Indian journal of veterinary science and animal husbandry - Volume 8,
Year: 1938
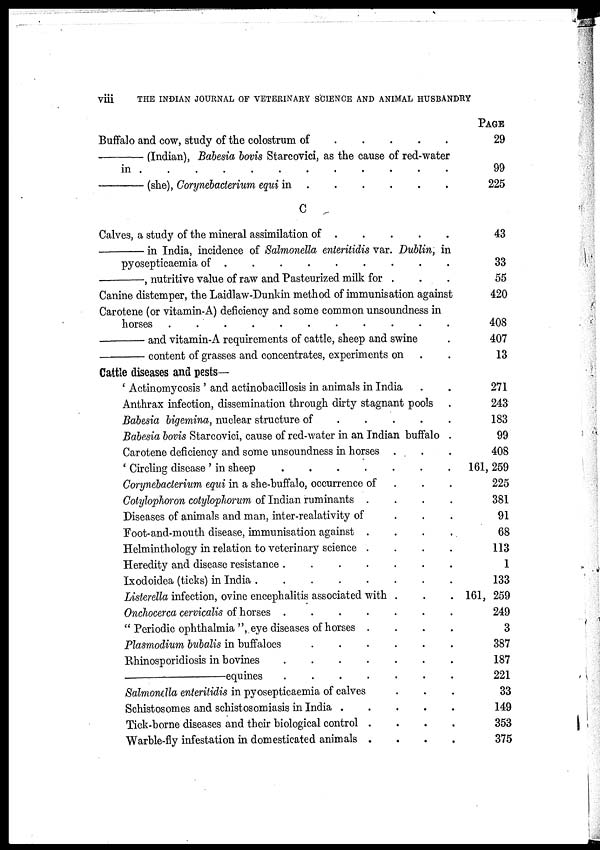
viii
THE INDIAN JOURNAL OF VETERINARY SCIENCE AND ANIMAL HUSBANDRY
Buffalo and cow, study of the colostrum of
.
.
.
.
.
.
—(Indian),
Babesia bovis Starcovici, as the cause of red-water
in . . . . . . . . . .
—(she),
Corynebacterium equi in
.
.
.
.
.
.
C
Calves, a study of the mineral assimilation of . . . . . . .
—in
India, incidence of Salmonella enteritidis var. Dublin, in
pyosepticaemia of
.
.
.
.
.
.
—,
nutritive value of raw and Pasteurized milk for . . . . . .
Canine distemper, the Laidlaw-Dunkin method of immunisation against
Carotene (or vitamin-A) deficiency and some common unsoundness in
horses
.
.
.
.
.
.
—and
vitamin-A requirements of cattle, sheep and swine .
—content
of grasses and concentrates, experiments on . .
Cattle diseases and pests—
' Actinomycosis ' and actinobacillosis in animals in India . .
Anthrax infection, dissemination through dirty stagnant pools .
Babesia bigemina, nuclear structure of
.
.
.
.
.
.
Babesia bovis Starcovici, cause of red-water in an Indian buffalo .
Carotene deficiency and some unsoundness in horses . . .
' Circling disease ' in sheep
.
.
.
.
.
.
.
Corynebacterium equi in a she-buffalo, occurrence of . . .
Cotylophoron cotylopliorum of Indian ruminants .
.
.
.
Diseases of animals and man, inter-realativity of . . .
Foot-and-mouth disease, immunisation against .
.
.
.
Helminthology in relation to veterinary science .
.
.
.
Heredity and disease resistance
.
.
.
.
.
.
Ixodoidea (ticks) in India
.
.
.
.
.
.
Listerella infection, ovine encephalitis associated with . . .
Onchocerca cervicalis of horses .
.
.
.
.
.
.
" Periodic ophthalmia ", eye diseases of horses .
.
.
.
Plasmodium bubalis in buffaloes
.
.
.
.
.
.
Rhinosporidiosis in bovines
.
.
.
.
.
.
.
—equines
.
.
.
.
.
.
Salmonella enteritidis in pyosepticaemia of calves . . .
Schistosomes and schistosomiasis in India . . . . . .
Tick-borne diseases and their biological control .
.
.
.
Warble-fly infestation in domesticated animals .
.
.
.
PAGE
29
99
225
43
33
55
420
408
407
13
271
243
183
99
408
161, 259
225
381
91
68
113
1
133
161, 259
249
3
387
187
221
33
149
353
375